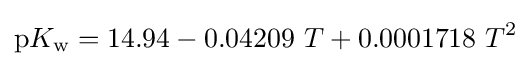
\mathrm {p} K_{\mathrm {w} }=14.94-0.04209\ T+0.0001718\ T^{2}